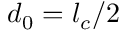
d _ { 0 } = l _ { c } / 2